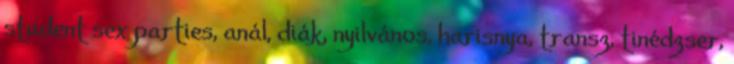
student sex parties, anál, diák, nyilvános, harisnya, transz, tinédzser,